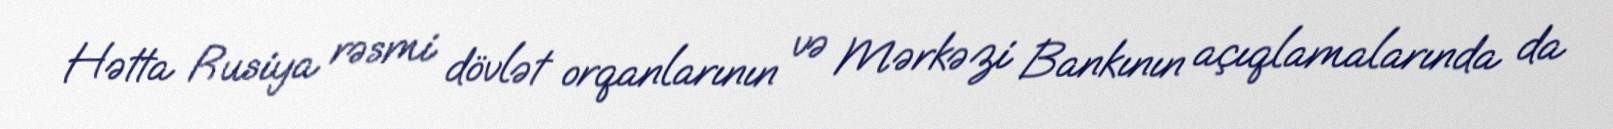
Hətta Rusiya rəsmi dövlət orqanlarının və Mərkəzi Bankının açıqlamalarında da